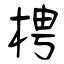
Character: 梬